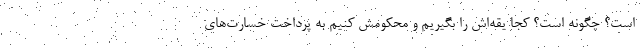
است؟ چگونه است؟ کجا یقه‌اش را بگیریم و محکومش کنیم به پرداخت خسارت‌های